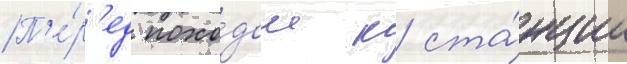
П'е́р'ед похо́дом к ста́нции